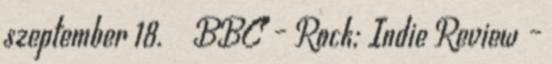
szeptember 18. ↑ BBC – Rock; Indie Review –